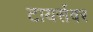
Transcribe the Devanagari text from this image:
टायर्सवर